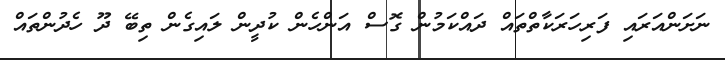
ނަށަންއަރައި ފަރިހަރަކާތްތައް ދައްކަމުން ގޮސް އަންހެން ކުދީން ލައިގެން ތިބޭ ދޫ ހެދުންތައް